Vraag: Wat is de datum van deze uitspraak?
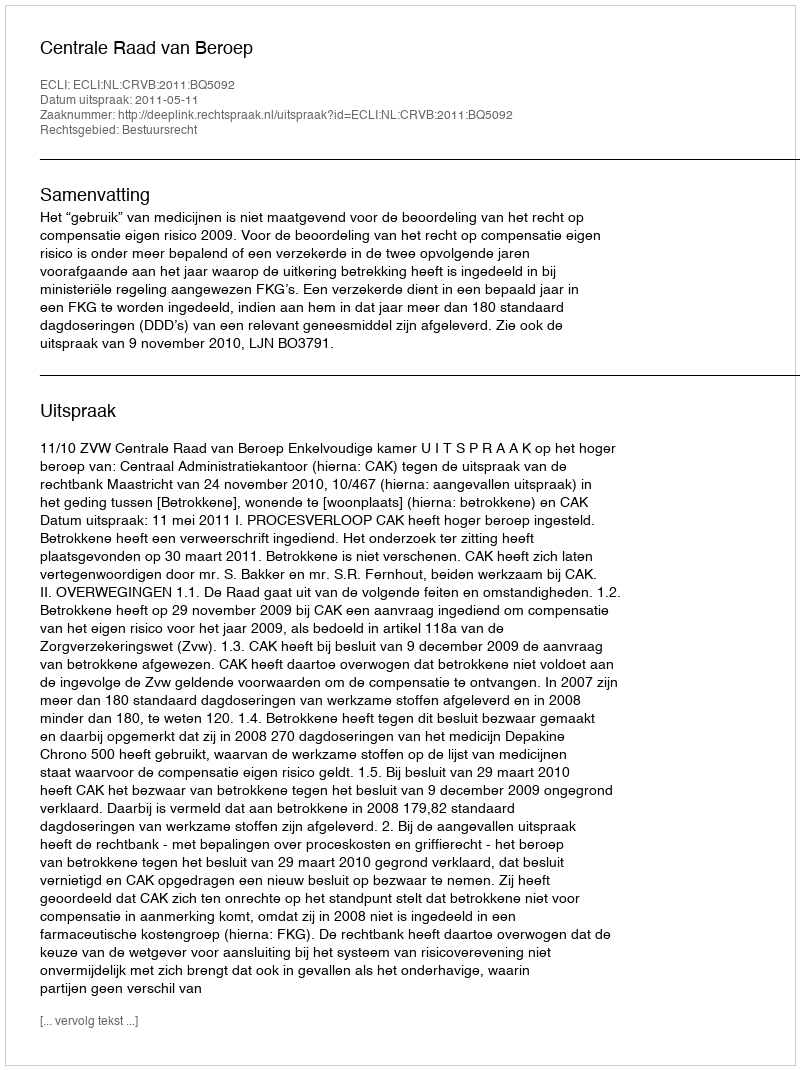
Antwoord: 2011-05-11